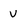
Character: V